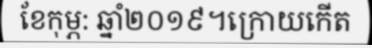
ខែកុម្ភ: ឆ្នាំ២០១៩។ក្រោយកើត